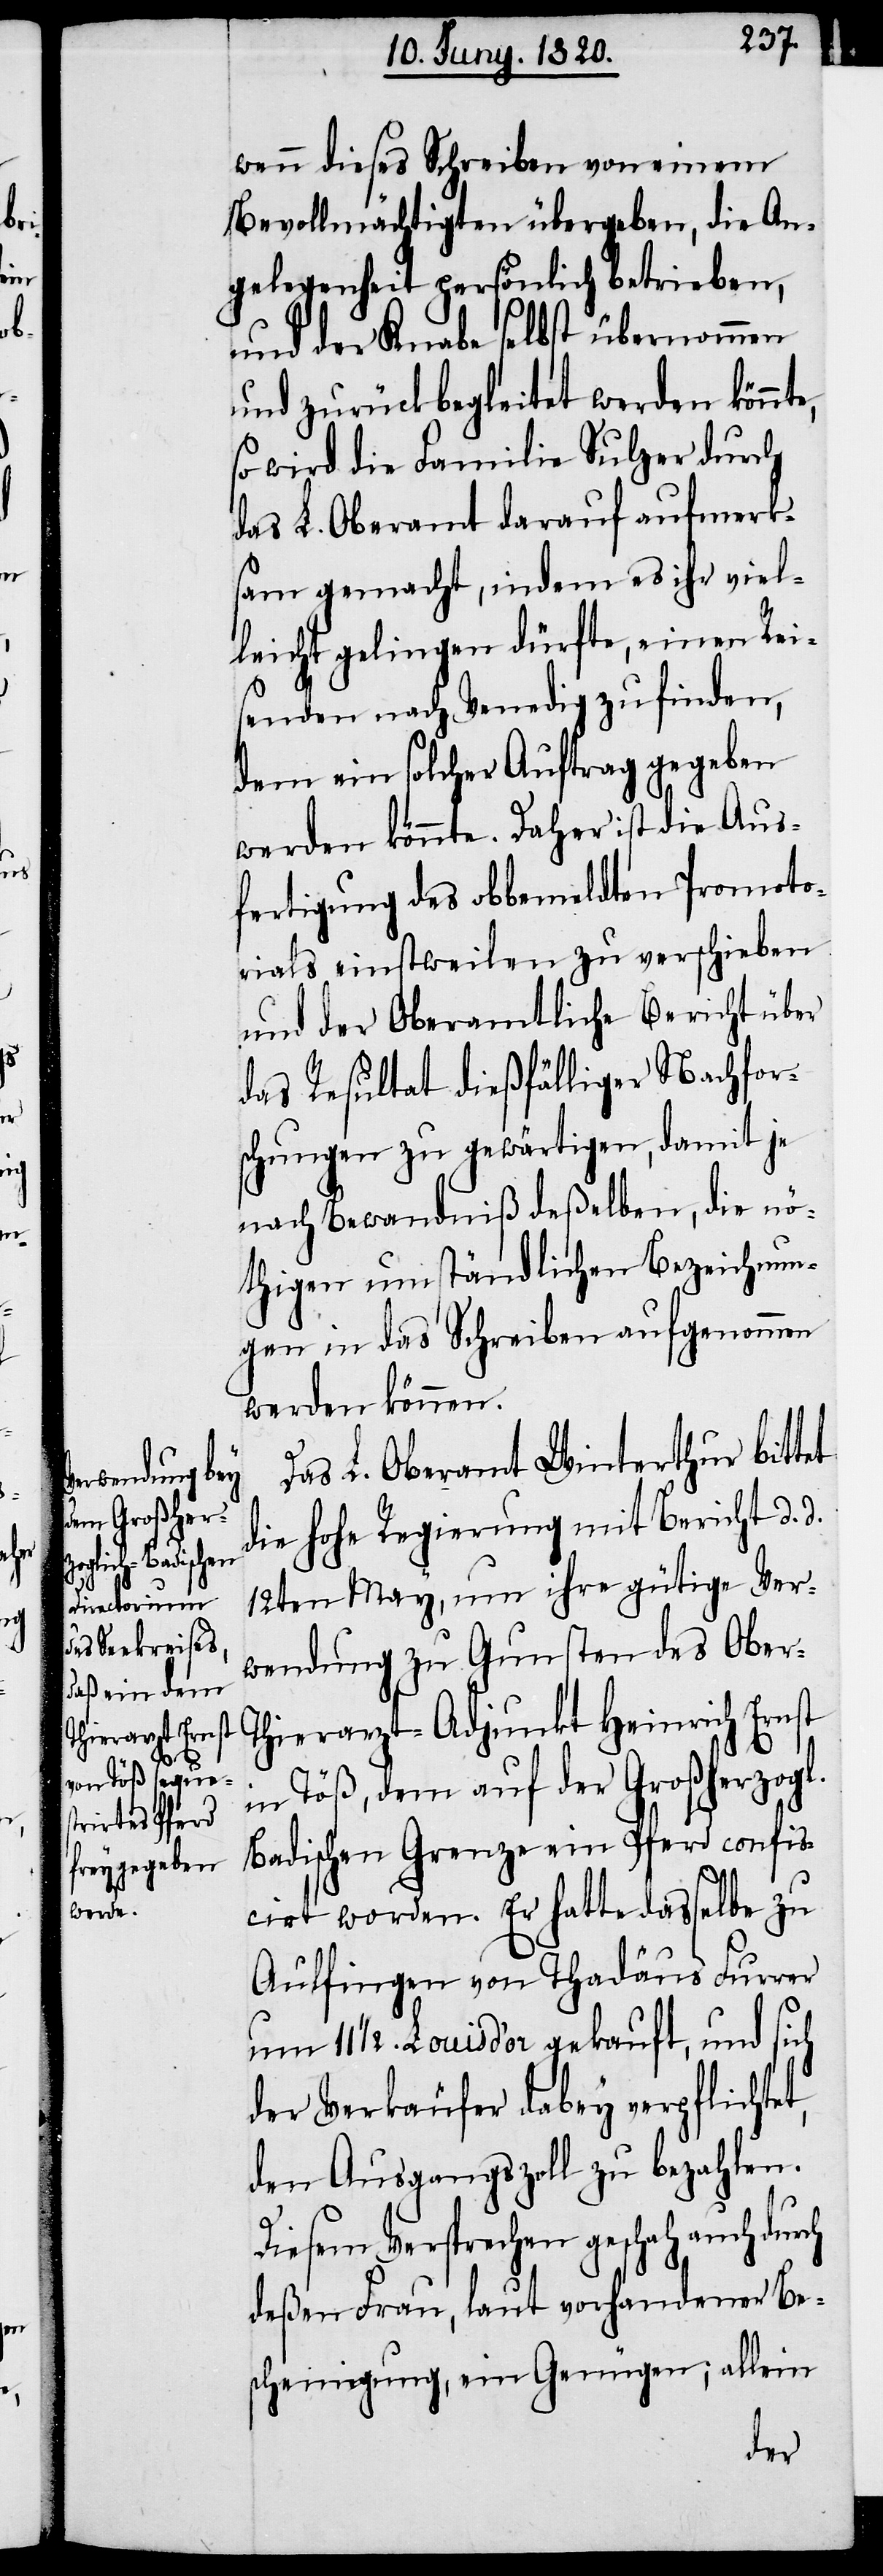
r-T¬
das

wenn dieses Schreiben von einem
Bevollmächtigten übergeben, die An¬
gelegenheit persönlich betrieben,
und der Knabe selbst übernommen
und zurückbegleitet werden könnt¬
so wird die Familie Sulzer durch
L. Oberamt darauf aufmerk¬
sam gemacht, indem es ihr viel¬
leicht gelingen dürfte, einen Rei¬
senden nach Venedig zu finden,
dem ein solcher Auftrag gegeben
werden könnte. Daher ist die Aus¬
fertigung des obbemeldten Promoto¬
rials einstweilen zu verschieben
und der Oberamtliche Bericht über
das Resultat dießfälliger Nachfor¬
schungen zu gewärtigen, damit je
nach Bewandniß deßelben, die nö¬
thigen umständlichen Beziehun¬
gen in das Schreiben aufgenommen
werden können.
Das L. Oberamt Winterthur bittet
die hohe Regierung mit Bericht d. d.
12ten May, um ihre gütige Ver¬
wendung zu Gunsten des Obe¬
hierarzt-Adjunkt Heinrich Ernst
in Töß, dem auf der Großherzogl.
Badischen Grenze ein Pferd confis¬
cirt worden. Er hatte dasselbe zu
Aulfingen von Thadäus Furrer
um 11 1/2 Louis d’or gekauft, und sich
der Verkäufer dabey verpflichtet,
den Ausgangszoll zu bezahlen.
Diesem Versprechen geschah auch durch
deßen Frau, laut vorhandener Be¬
scheinigung, ein Genügen; allein